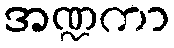
အဏ္ဍကာ